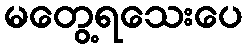
မတွေ့ရသေးပေ